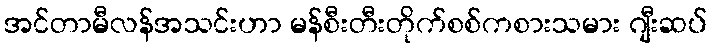
အင်တာမီလန်အသင်းဟာ မန်စီးတီးတိုက်စစ်ကစားသမား ဂျီးဆပ်